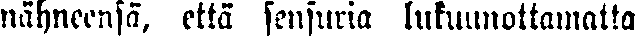
nähneensä, että sensuria lukuunottamatta